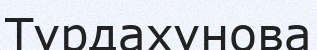
Тұрдахунова